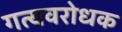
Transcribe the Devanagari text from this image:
गत्यवरोधक